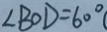
\angle B O D = 6 0 ^ { \circ }